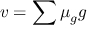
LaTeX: v = \sum \mu _ { g } g